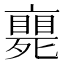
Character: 𠆚